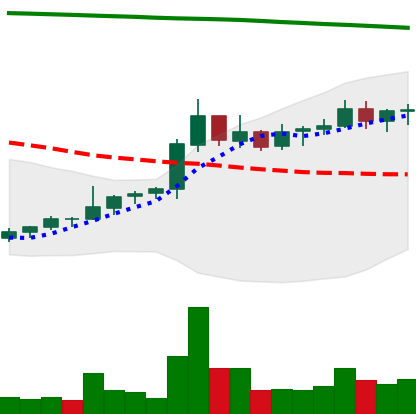
Ticker: NEO-USD
Chart end date: 2021-08-10
Forward return: 26.213%
Label: up_7plus